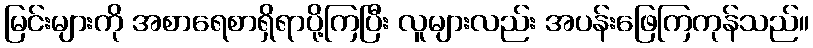
မြင်းများကို အစာရေစာရှိရာပို့ကြပြီး လူများလည်း အပန်းဖြေကြကုန်သည်။